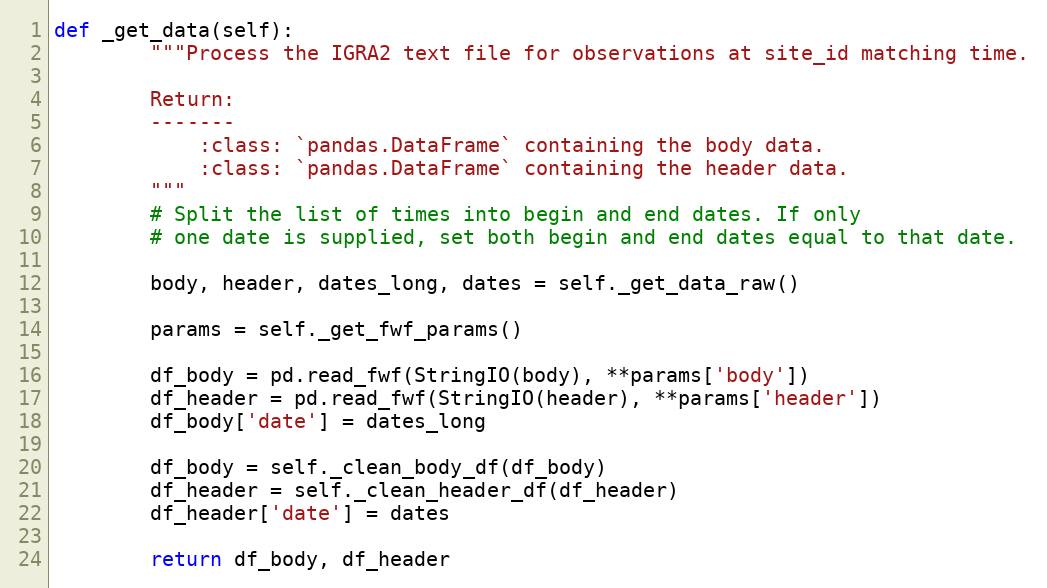
Language: Python
def _get_data(self):
        """Process the IGRA2 text file for observations at site_id matching time.

        Return:
        -------
            :class: `pandas.DataFrame` containing the body data.
            :class: `pandas.DataFrame` containing the header data.
        """
        # Split the list of times into begin and end dates. If only
        # one date is supplied, set both begin and end dates equal to that date.

        body, header, dates_long, dates = self._get_data_raw()

        params = self._get_fwf_params()

        df_body = pd.read_fwf(StringIO(body), **params['body'])
        df_header = pd.read_fwf(StringIO(header), **params['header'])
        df_body['date'] = dates_long

        df_body = self._clean_body_df(df_body)
        df_header = self._clean_header_df(df_header)
        df_header['date'] = dates

        return df_body, df_header